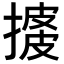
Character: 𢱺